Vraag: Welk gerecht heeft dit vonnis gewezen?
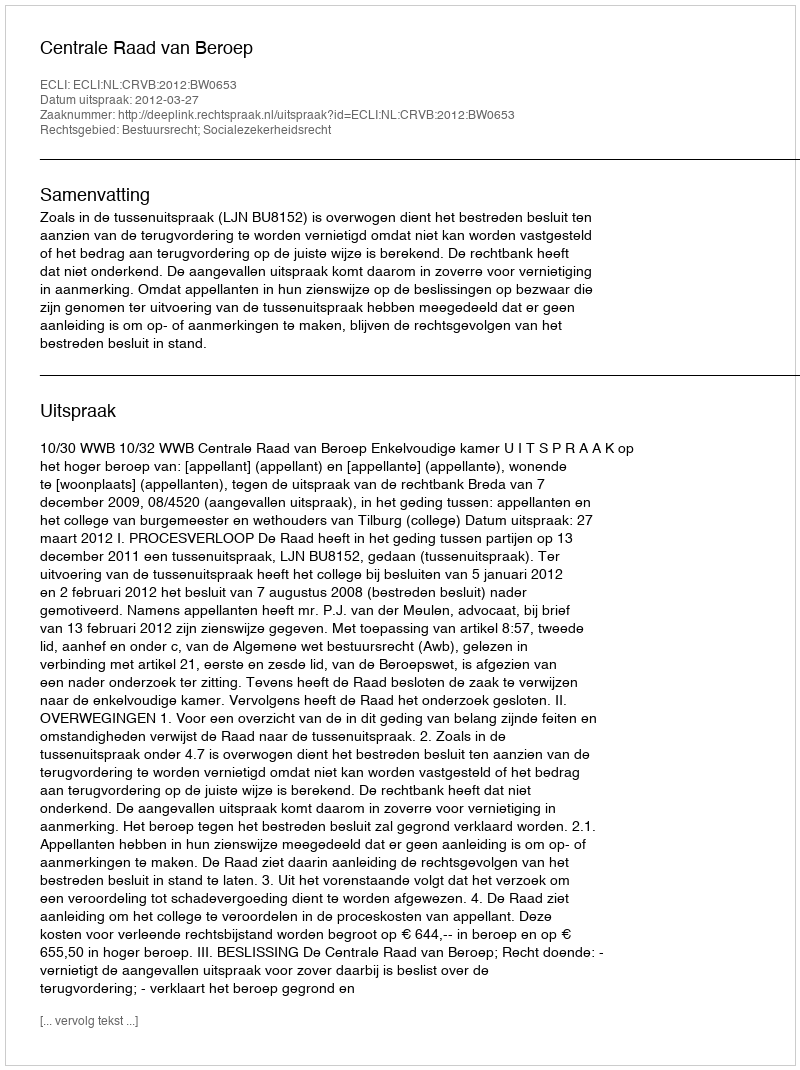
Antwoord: Centrale Raad van Beroep